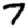
Digit: 7